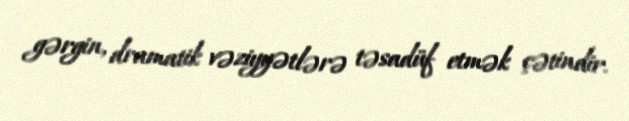
gərgin, dramatik vəziyyətlərə təsadüf etmək çətindir.